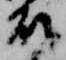
殿